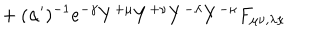
{ } + ( \alpha ^ { \prime } ) ^ { - 1 } e ^ { - \gamma } Y ^ { + \mu } Y ^ { + \nu } Y ^ { - \lambda } Y ^ { - \kappa } F _ { \mu \nu , \lambda \kappa }